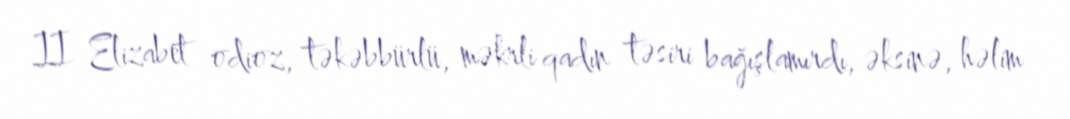
II Elizabet odioz, təkəbbürlü, məkrli qadın təsiri bağışlamırdı, əksinə, həlim